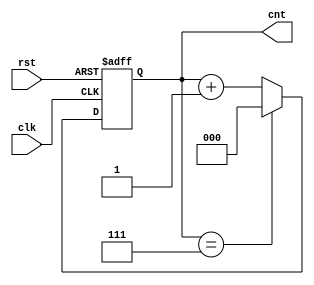
module modulus_counter #(
    parameter N = 8  // Default modulus value (can be overridden)
)(
    input wire clk,   // Clock input
    input wire rst,   // Asynchronous reset input
    output reg [$clog2(N)-1:0] cnt // Count output
);

// Always block for counting
always @(posedge clk or posedge rst) begin
    if (rst) begin
        cnt <= 0;  // Reset count to 0
    end else begin
        if (cnt == N-1) begin
            cnt <= 0;  // Wrap around to 0
        end else begin
            cnt <= cnt + 1;  // Increment count
        end
    end
end

endmodule